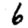
Digit: 6